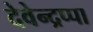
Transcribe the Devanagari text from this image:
देवेन्द्रप्पा